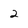
Character: 2